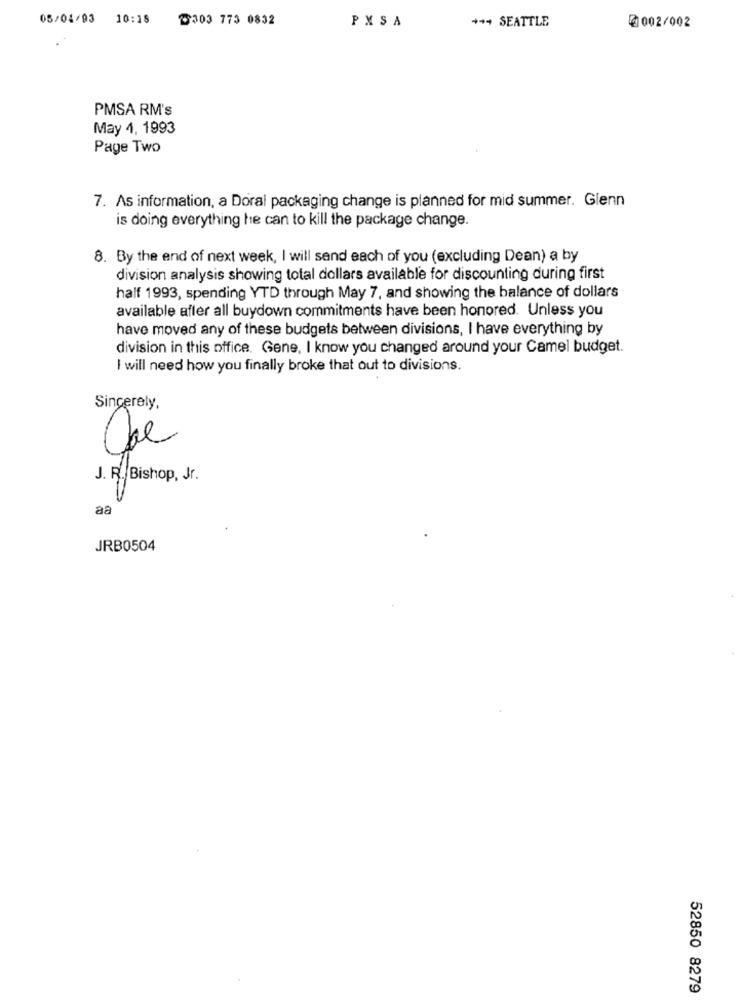
05/04/93 10:18
2303 773 0832
PXSA
+++ SEATTLE
002/002
PMSA RM's
May 4, 1993
Page Two
7. As information, a Doral packaging change is planned for mid summer. Glenn
is doing everything he can to kill the package change.
8. By the end of next week, I will send each of you (excluding Dean) a by
division analysis showing total dollars available for discounting during first
half 1993, spending YTD through May 7, and showing the balance of dollars
available after all buydown commitments have been honored. Unless you
have moved any of these budgets between divisions, I have everything by
division in this office. Gene, I know you changed around your Camel budget.
I will need how you finally broke that out to divisions.
Sincerely,
30
J. R. Bishop, Jr.
aa
JRB0504
52850 8279